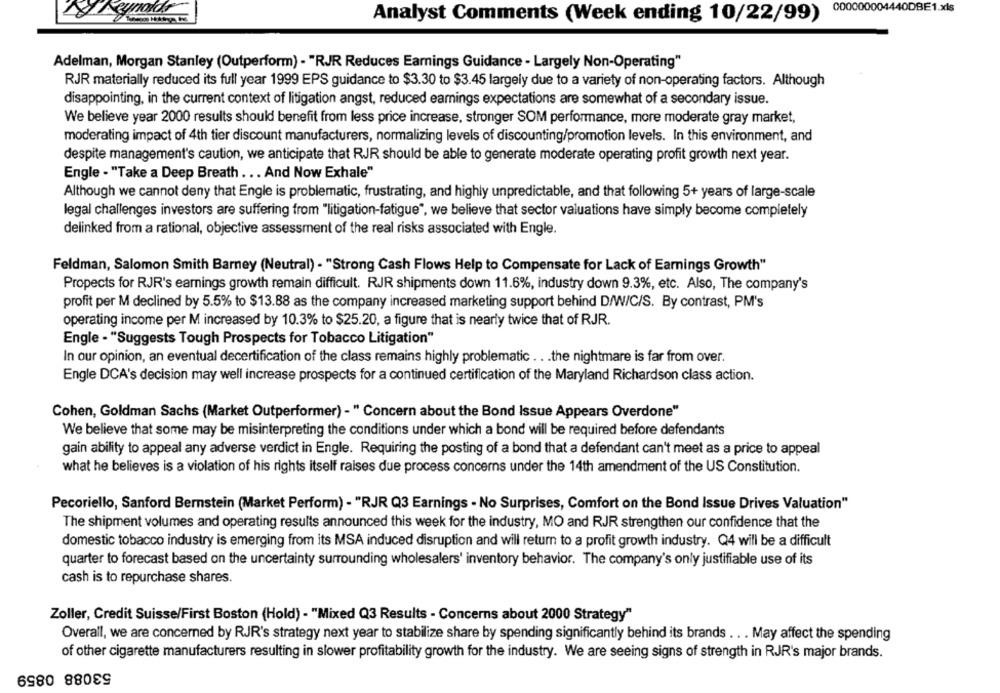
000000004440DBE1.xls
Analyst Comments (Week ending 10/22/99)
Adelman, Morgan Stanley (Outperform) - "RJR Reduces Earnings Guidance - Largely Non-Operating"
RJR materially reduced its full year 1999 EPS guidance to $3.30 to $3.45 largely due to a variety of non-operating factors. Although
disappointing, in the current context of litigation angst, reduced earnings expectations are somewhat of a secondary issue.
We believe year 2000 results should benefit from less price increase, stronger SOM performance, more moderate gray market,
moderating impact of 4th tier discount manufacturers, normalizing levels of discounting/promotion levels. In this environment, and
despite management's caution, we anticipate that RJR should be able to generate moderate operating profit growth next year.
Engle - "Take a Deep Breath . .. And Now Exhale"
Although we cannot deny that Engle is problematic, frustrating, and highly unpredictable, and that following 5+ years of large-scale
legal challenges investors are suffering from "litigation-fatigue", we believe that sector valuations have simply become completely
delinked from a rational, objective assessment of the real risks associated with Engle.
Feldman, Salomon Smith Barney (Neutral) - "Strong Cash Flows Help to Compensate for Lack of Earnings Growth"
Propects for RJR's earnings growth remain difficult. RJR shipments down 11.6%, industry down 9.3%, etc. Also, The company's
profit per M declined by 5.5% to $13.88 as the company increased marketing support behind D/W/C/S. By contrast, PM's
operating income per M increased by 10.3% to $25.20, a figure that is nearly twice that of RJR.
Engle - "Suggests Tough Prospects for Tobacco Litigation"
In our opinion, an eventual decertification of the class remains highly problematic .. . the nightmare is far from over.
Engle DCA's decision may well increase prospects for a continued certification of the Maryland Richardson class action.
Cohen, Goldman Sachs (Market Outperformer) - " Concern about the Bond Issue Appears Overdone"
We believe that some may be misinterpreting the conditions under which a bond will be required before defendants
gain ability to appeal any adverse verdict in Engle. Requiring the posting of a bond that a defendant can't meet as a price to appeal
what he believes is a violation of his rights itself raises due process concerns under the 14th amendment of the US Constitution.
Pecoriello, Sanford Bernstein (Market Perform) - "RJR Q3 Earnings - No Surprises, Comfort on the Bond Issue Drives Valuation"
The shipment volumes and operating results announced this week for the industry, MO and RJR strengthen our confidence that the
domestic tobacco industry is emerging from its MSA induced disruption and will return to a profit growth industry. Q4 will be a difficult
quarter to forecast based on the uncertainty surrounding wholesalers' inventory behavior. The company's only justifiable use of its
cash is to repurchase shares.
Zoller, Credit Suisse/First Boston (Hold) - "Mixed Q3 Results - Concerns about 2000 Strategy"
Overall, we are concerned by RJR's strategy next year to stabilize share by spending significantly behind its brands . . . May affect the spending
of other cigarette manufacturers resulting in slower profitability growth for the industry. We are seeing signs of strength in RJR's major brands.
53088 0859